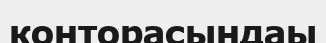
конторасындаы